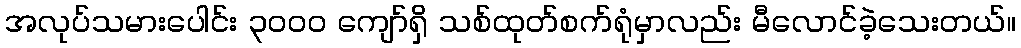
အလုပ်သမားပေါင်း ၃၀၀၀ ကျော်ရှိ သစ်ထုတ်စက်ရုံမှာလည်း မီလောင်ခဲ့သေးတယ်။